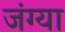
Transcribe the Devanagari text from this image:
जंग्या